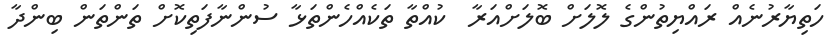
ހަތިޔާރުނެއް ރައްޔިތުންގެ ލޮލަށް ބޮލަށްއަރާ  ކުއްތާ ތަކެއްހެންތަޅާ ސުންނާފަތިކޮށް ތަންތަން ބިންދާ